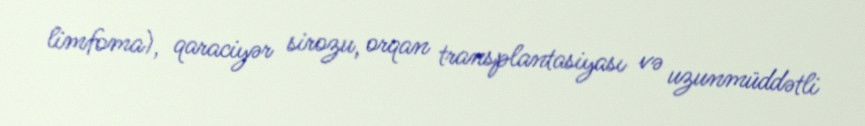
limfoma), qaraciyər sirozu, orqan transplantasiyası və uzunmüddətli